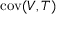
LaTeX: \operatorname { c o v } ( V , T )